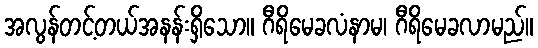
အလွန်တင့်တယ်အနန်းရှိသော။ ဂီရိမေခလံနာမ၊ ဂီရိမေခလာမည်။